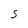
Character: S